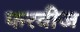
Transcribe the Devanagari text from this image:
फरवीज